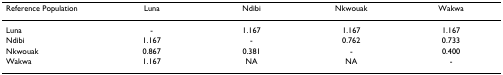
<table><thead><tr><td><b>Reference Population</b></td><td><b>Luna</b></td><td><b>Ndibi</b></td><td><b>Nkwouak</b></td><td><b>Wakwa</b></td></tr></thead><tbody><tr><td>Luna</td><td>-</td><td>1.167</td><td>1.167</td><td>1.167</td></tr><tr><td>Ndibi</td><td>1.167</td><td>-</td><td>0.762</td><td>0.733</td></tr><tr><td>Nkwouak</td><td>0.867</td><td>0.381</td><td>-</td><td>0.400</td></tr><tr><td>Wakwa</td><td>1.167</td><td>NA</td><td>NA</td><td>-</td></tr></tbody></table>